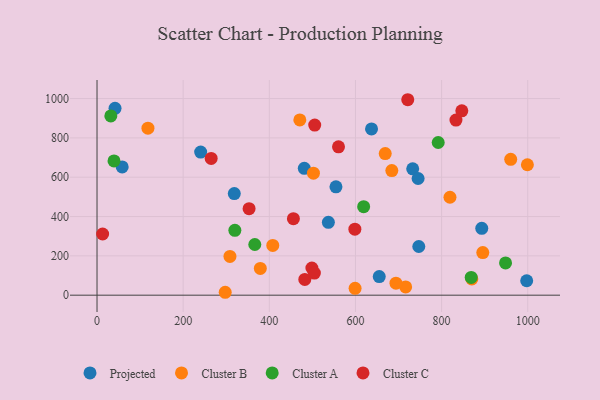
{"axis": {"x": "Ad Spend", "y": "Profit"}, "legend": ["Cluster A", "Cluster B", "Cluster C", "Projected"], "data": [{"x": "747.0", "y": 247.7, "type": "Projected"}, {"x": "58.4", "y": 652.3, "type": "Projected"}, {"x": "732.9", "y": 642.7, "type": "Projected"}, {"x": "554.7", "y": 551.1, "type": "Projected"}, {"x": "637.3", "y": 845.4, "type": "Projected"}, {"x": "893.2", "y": 339.9, "type": "Projected"}, {"x": "537.1", "y": 370.4, "type": "Projected"}, {"x": "655.2", "y": 94.4, "type": "Projected"}, {"x": "481.2", "y": 645.0, "type": "Projected"}, {"x": "997.5", "y": 73.4, "type": "Projected"}, {"x": "240.6", "y": 728.0, "type": "Projected"}, {"x": "745.4", "y": 593.4, "type": "Projected"}, {"x": "41.8", "y": 950.5, "type": "Projected"}, {"x": "318.7", "y": 516.9, "type": "Projected"}, {"x": "999.1", "y": 663.5, "type": "Cluster B"}, {"x": "408.0", "y": 253.3, "type": "Cluster B"}, {"x": "895.6", "y": 216.8, "type": "Cluster B"}, {"x": "669.1", "y": 720.0, "type": "Cluster B"}, {"x": "599.1", "y": 34.9, "type": "Cluster B"}, {"x": "819.4", "y": 498.0, "type": "Cluster B"}, {"x": "960.4", "y": 691.2, "type": "Cluster B"}, {"x": "870.1", "y": 82.9, "type": "Cluster B"}, {"x": "118.2", "y": 849.4, "type": "Cluster B"}, {"x": "684.4", "y": 633.9, "type": "Cluster B"}, {"x": "308.6", "y": 197.0, "type": "Cluster B"}, {"x": "502.4", "y": 620.4, "type": "Cluster B"}, {"x": "716.5", "y": 42.0, "type": "Cluster B"}, {"x": "297.6", "y": 14.8, "type": "Cluster B"}, {"x": "694.0", "y": 61.0, "type": "Cluster B"}, {"x": "470.8", "y": 891.5, "type": "Cluster B"}, {"x": "379.1", "y": 136.3, "type": "Cluster B"}, {"x": "320.0", "y": 329.9, "type": "Cluster A"}, {"x": "619.0", "y": 450.2, "type": "Cluster A"}, {"x": "39.4", "y": 682.7, "type": "Cluster A"}, {"x": "32.0", "y": 911.8, "type": "Cluster A"}, {"x": "366.3", "y": 257.7, "type": "Cluster A"}, {"x": "792.1", "y": 776.5, "type": "Cluster A"}, {"x": "948.4", "y": 164.2, "type": "Cluster A"}, {"x": "868.7", "y": 90.3, "type": "Cluster A"}, {"x": "455.9", "y": 389.3, "type": "Cluster C"}, {"x": "721.4", "y": 994.1, "type": "Cluster C"}, {"x": "353.0", "y": 440.1, "type": "Cluster C"}, {"x": "498.8", "y": 138.3, "type": "Cluster C"}, {"x": "505.4", "y": 865.4, "type": "Cluster C"}, {"x": "598.6", "y": 335.9, "type": "Cluster C"}, {"x": "833.3", "y": 890.6, "type": "Cluster C"}, {"x": "560.6", "y": 754.5, "type": "Cluster C"}, {"x": "846.9", "y": 937.5, "type": "Cluster C"}, {"x": "265.0", "y": 695.5, "type": "Cluster C"}, {"x": "482.4", "y": 80.2, "type": "Cluster C"}, {"x": "13.0", "y": 311.3, "type": "Cluster C"}, {"x": "504.6", "y": 112.2, "type": "Cluster C"}]}